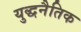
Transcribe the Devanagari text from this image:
युद्धनैतिक